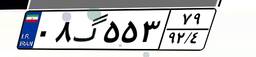
۳۰گ۶۸۲۷۰